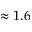
\approx 1 . 6